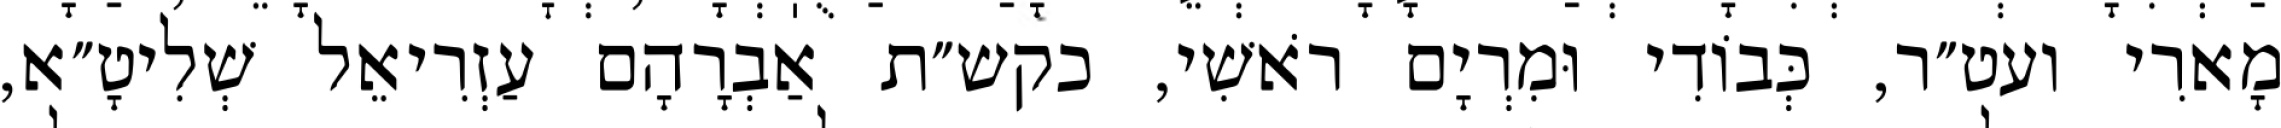
מָארִי ועט״ר, כְּבוֹדִי וּמִרְיָם רֹאשִׁי, כקש״ת אַבְרָהָם עַזְרִיאֵל שְׁלִיטָ״א,